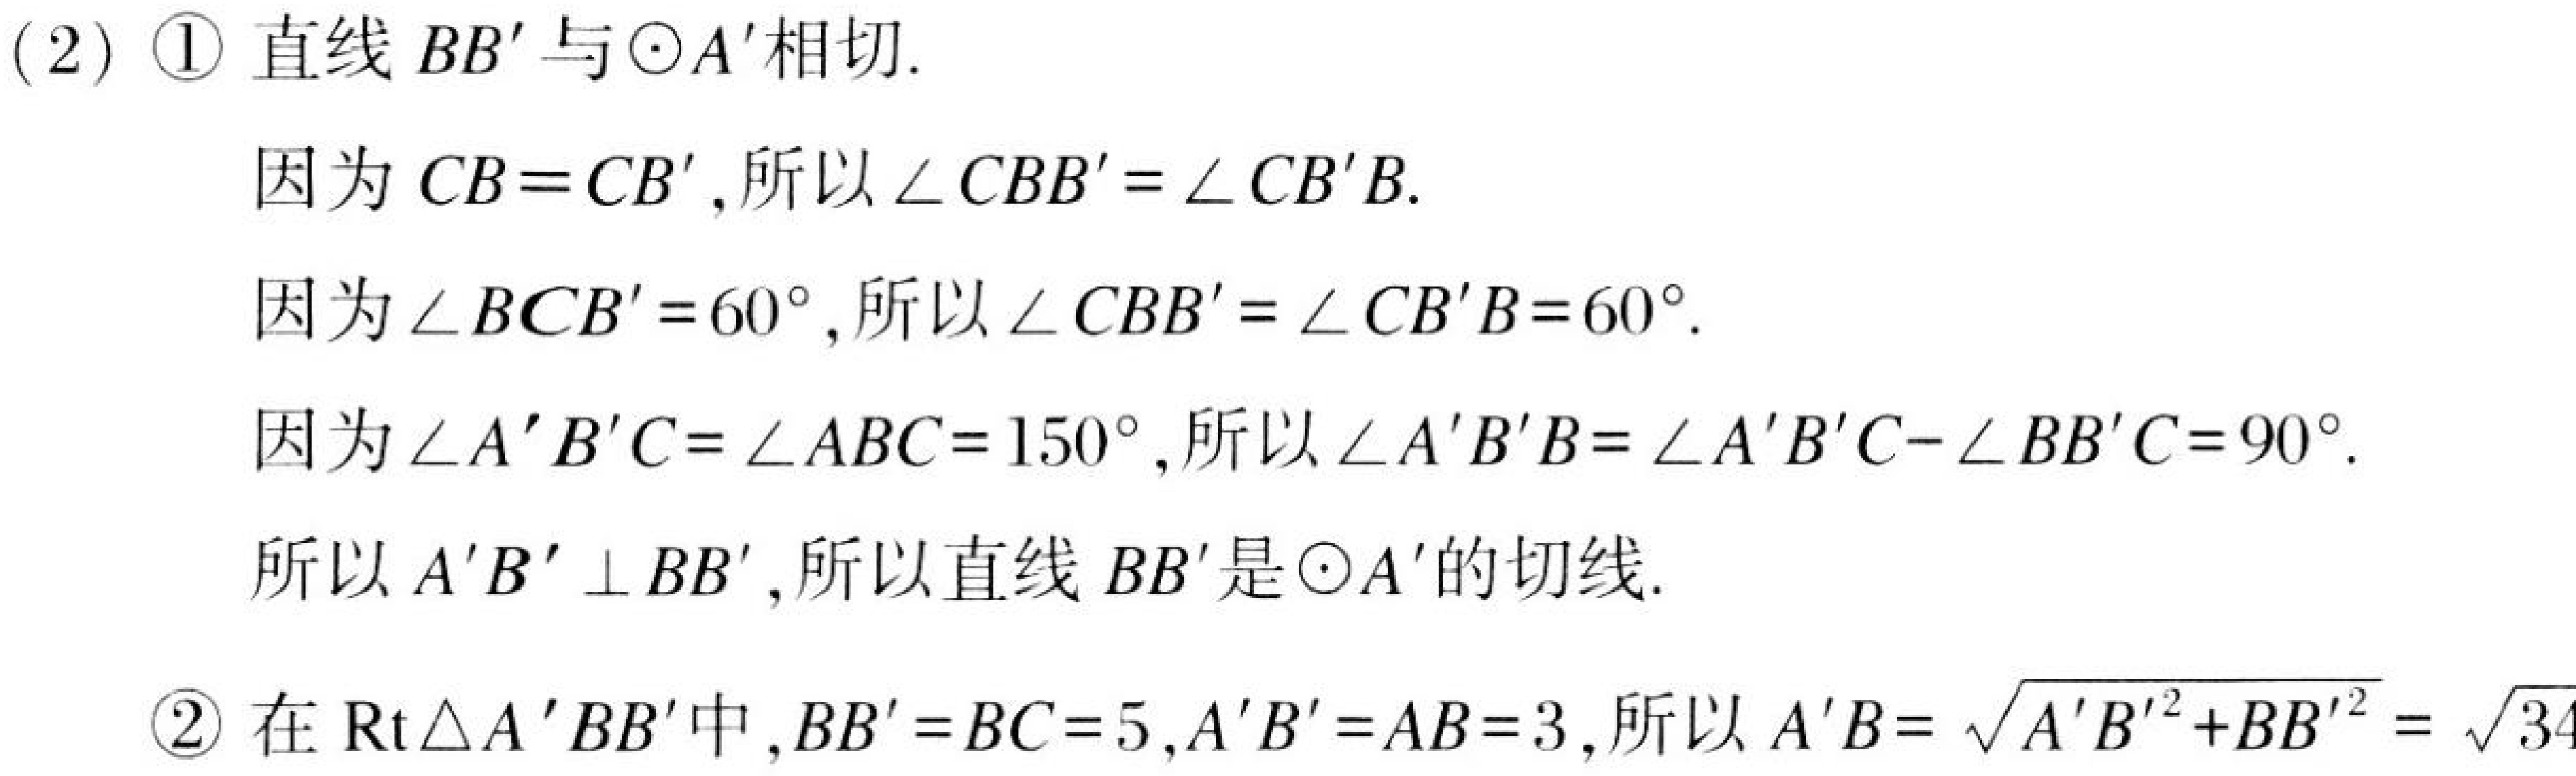
(2) \textcircled{1} 直线 \(BB'\)与\(\odot A'\)相切.

因为 \(CB = CB'\),所以\(\angle CBB'=\angle CB'B\).

因为\(\angle BCB' = 60^{\circ}\),所以\(\angle CBB'=\angle CB'B = 60^{\circ}\).

因为\(\angle A'B'C=\angle ABC = 150^{\circ}\),所以\(\angle A'B'B=\angle A'B'C-\angle BB'C = 90^{\circ}\).

所以 \(A'B'\perp BB'\),所以直线 \(BB'\)是\(\odot A'\)的切线.

\textcircled{2} 在\(\text{Rt}\triangle A'BB'\)中,\(BB' = BC = 5\),\(A'B' = AB = 3\),所以\(A'B=\sqrt{A'B'^{2}+BB'^{2}}=\sqrt{34}\)